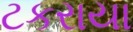
ટકરાયા